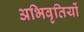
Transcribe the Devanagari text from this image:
अभिवृतियों